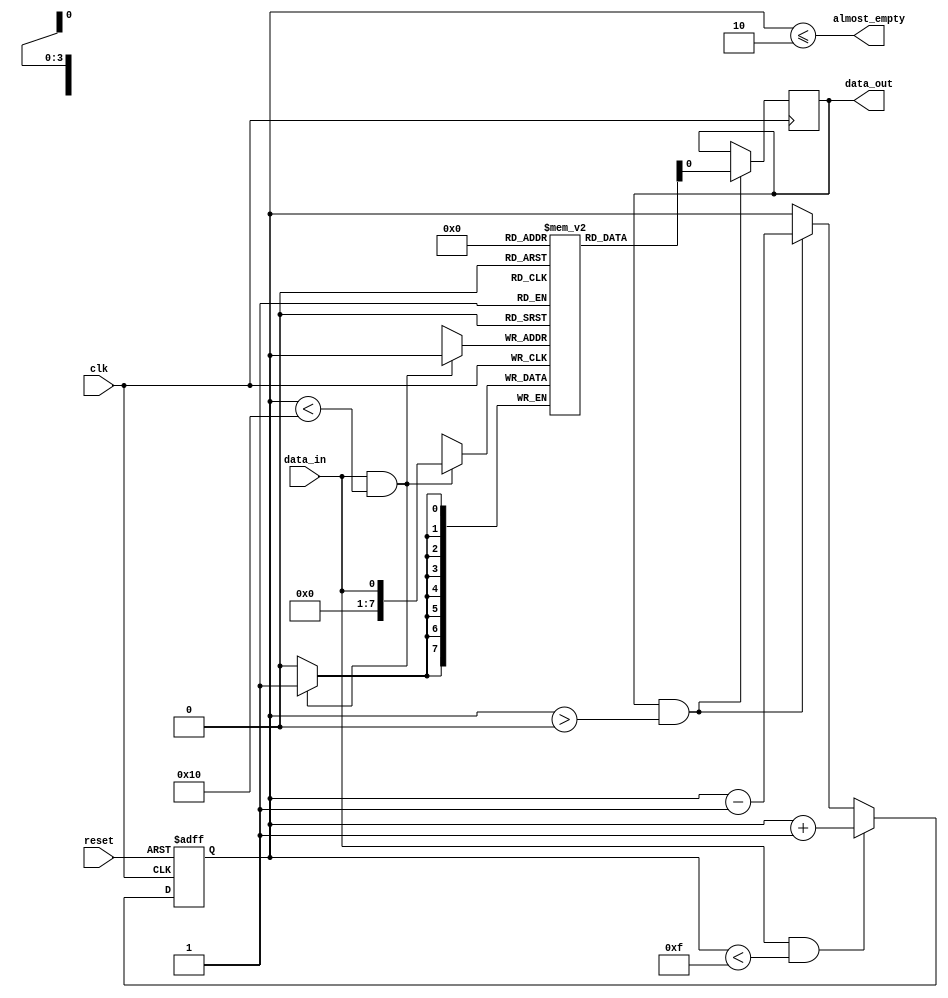
module Almost_Empty_FIFO (
    input wire clk,
    input wire reset,
    input wire data_in,
    output wire data_out,
    output wire almost_empty
);

reg [7:0] fifo_buffer [0:15]; // FIFO buffer with 16 entries
reg [3:0] fill_level; // Fill level of FIFO buffer

// Timing control block
always @(posedge clk or posedge reset)
begin
    if (reset)
        fill_level <= 0;
    else if (data_in && fill_level < 15)
        fill_level <= fill_level + 1;
    else if (data_out && fill_level > 0)
        fill_level <= fill_level - 1;
end

assign almost_empty = (fill_level <= 2); // Signal when buffer is almost empty

// Synchronization block for storing data
always @(posedge clk)
begin
    if (data_in && fill_level < 16)
        fifo_buffer[fill_level] <= data_in;
end

// Synchronization block for retrieving data
always @(posedge clk)
begin
    if (data_out && fill_level > 0)
        data_out <= fifo_buffer[0];
end

endmodule